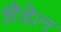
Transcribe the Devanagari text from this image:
शैडेल